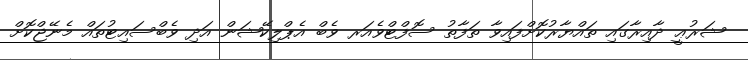
ޝަރުޢީ ދާއިރާގައި ތައްޔާރުކޮށްފައިވާ ތަފާތު ސޮފްޓްވެއަރ ވެބް އެޕްލިކޭޝަން އަދި ވެބްސައިޓުތައް މެނޭޖްކޮށް